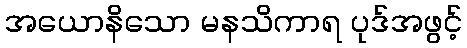
အယောနိသော မနသိကာရ ပုဒ်အဖွင့်